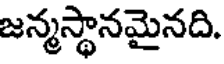
జన్మస్థానమైనది.